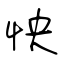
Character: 怏